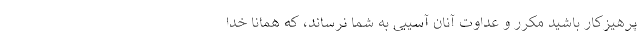
پرهیزکار باشید مکرر و عداوت آنان آسیبی به شما نرساند، که همانا خدا